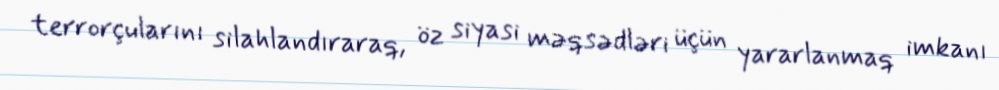
terrorçularını silahlandıraraq, öz siyasi məqsədləri üçün yararlanmaq imkanı